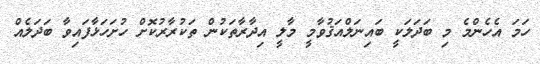
ހަމަ އެހެންމެ މި ބަދަލަކީ ބައިނަލްއަޤުވާމީ މާލީ އިދާރާތަކުން ތަކުރާރުކޮށް ހުށަހަޅާފައިވާ ބަދަލެއް